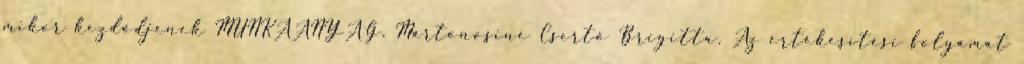
mikor kezdődjenek MUNKAANYAG. Martonosiné Csertő Brigitta. Az értékesítési folyamat